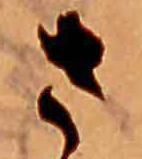
さ